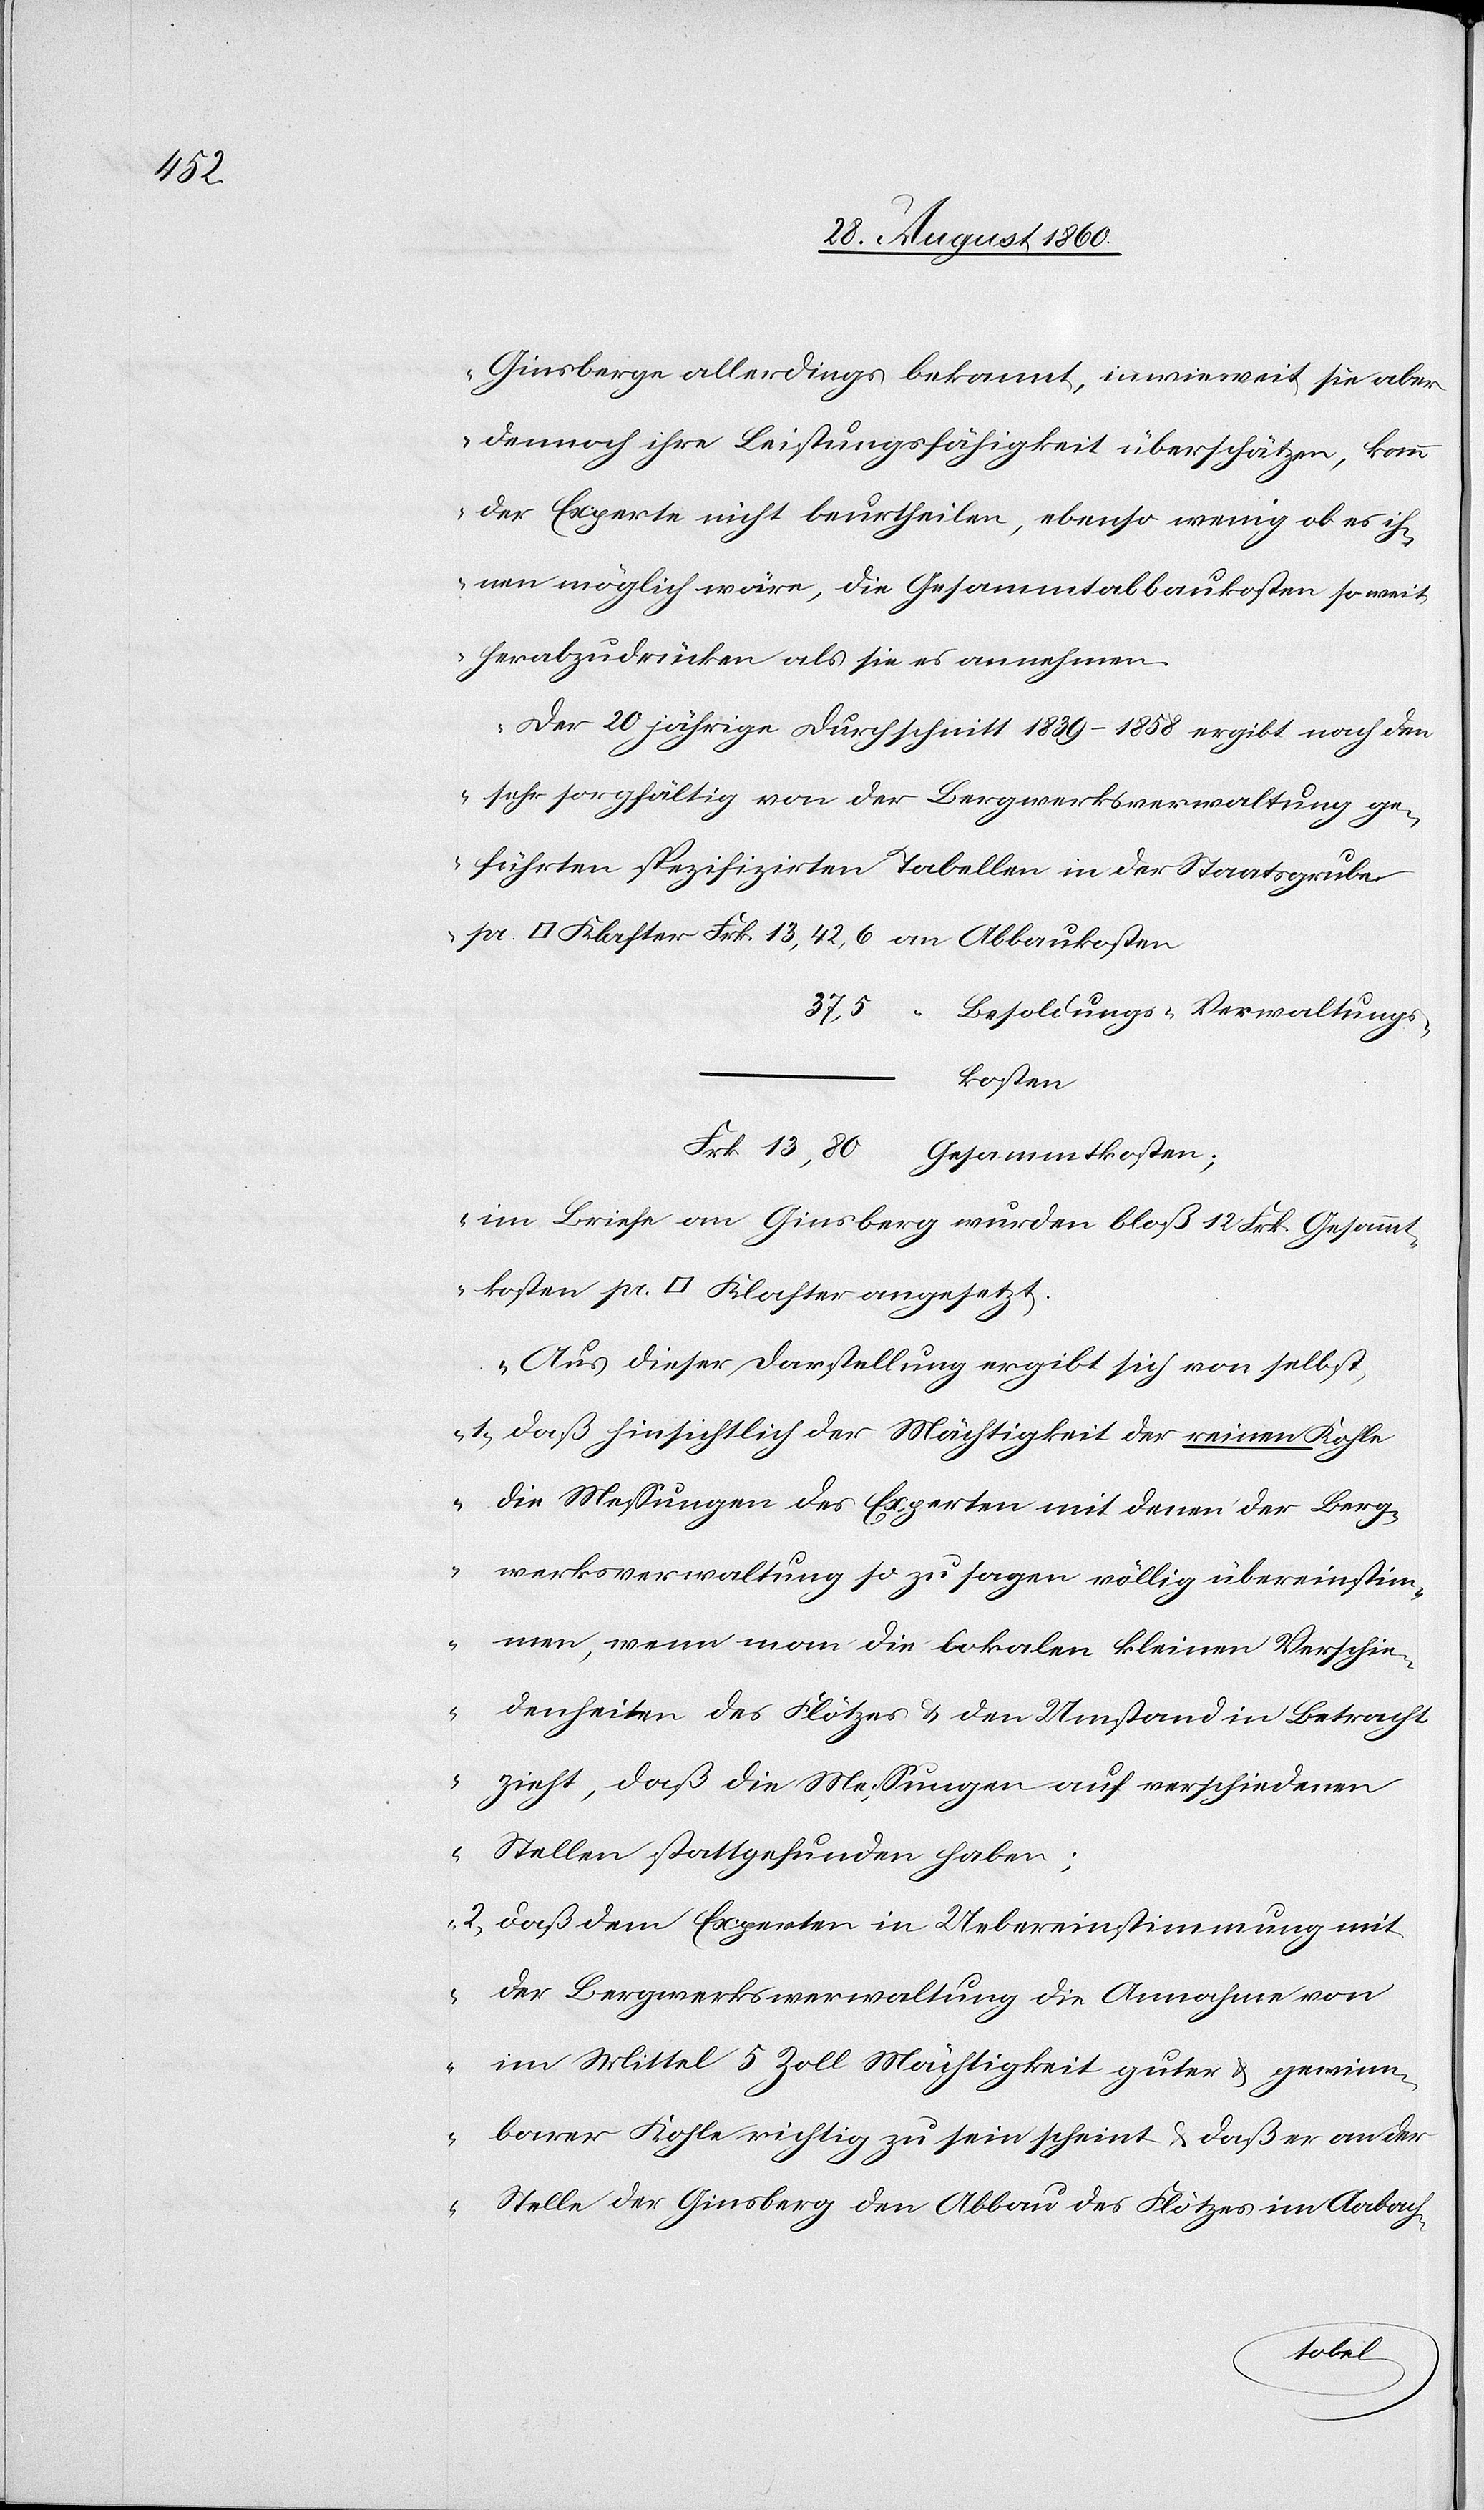
die

Ginsberge allerdings bekannt, in wie weit sie aber
dennoch ihre Leistungsfähigkeit überschätzen, kann
der Experte nicht beurtheilen, ebenso wenig ob es ih¬
nen möglich wäre, die Gesammtabbaukosten soweit
herabzudrücken als sie es annehmen.
Der 20jährige Durchschnitt 1839–1858 ergibt nach den
sehr sorgfältig von der Bergverwaltung ge¬
führten spezifizirten Tabellen in der Staatsgrube
Klafter fcs. 13,42,6 an Abbaukosten.
37,5 Besoldungs-Verwaltungs¬
kosten
fcs. 13,80.
Gesammtkosten.
im Briefe an Ginsberg wurden blos 12 fcs. Gesammt¬
Aus dieser Darstellung ergibt sich von selbst:
1) Dass hinsichtlich der Mächtigkeit der reinen Kohle
die Messungen des Experten mit denen der Berg¬
werksverwaltung so zu sagen völlig übereinstim¬
pr.
men, wenn man die lokalen kleinern Verschie¬
denheiten des Flötzes u. den Umstand in Betracht
zieht, dass die Messungen auf verschiedenen
Stellen statt gefunden haben;
2) Dass dem Experten in Übereinstimmung mit
der Bergwerksverwaltung die Annahme von
im Mittel 5 Zoll Mächtigkeit[s]gutes u. gewinn¬
barer Kohle richtig zu sein scheint u. dass er an der
Stelle der Ginsberg den Abbau des Flötzes im